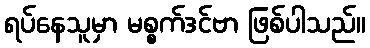
ရပ်နေသူမှာ မစ္စက်ဒင်ဗာ ဖြစ်ပါသည်။